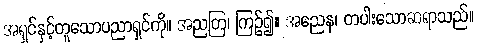
အရှင်နှင့်တူသောပညာရှင်ကို။ အညတြ၊ ကြဉ်၍။ အညေန၊ တပါးသောဆရာသည်။